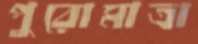
পুরোমাত্রা